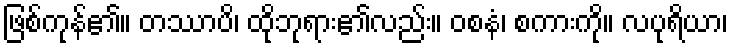
ဖြစ်ကုန်၏။ တဿာပိ၊ ထိုဘုရား၏လည်း။ ဝစနံ၊ စကားကို။ လပုရိယာ၊